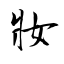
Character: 妝